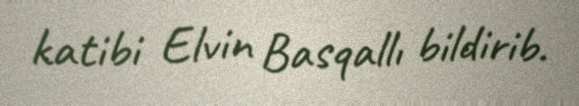
katibi Elvin Basqallı bildirib.